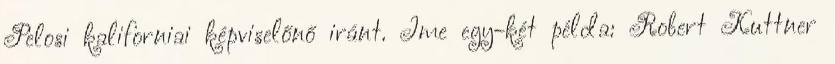
Pelosi kaliforniai képviselőnő iránt. Ime egy-két példa: Robert Kuttner